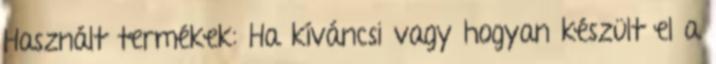
Használt termékek: Ha kíváncsi vagy hogyan készült el a